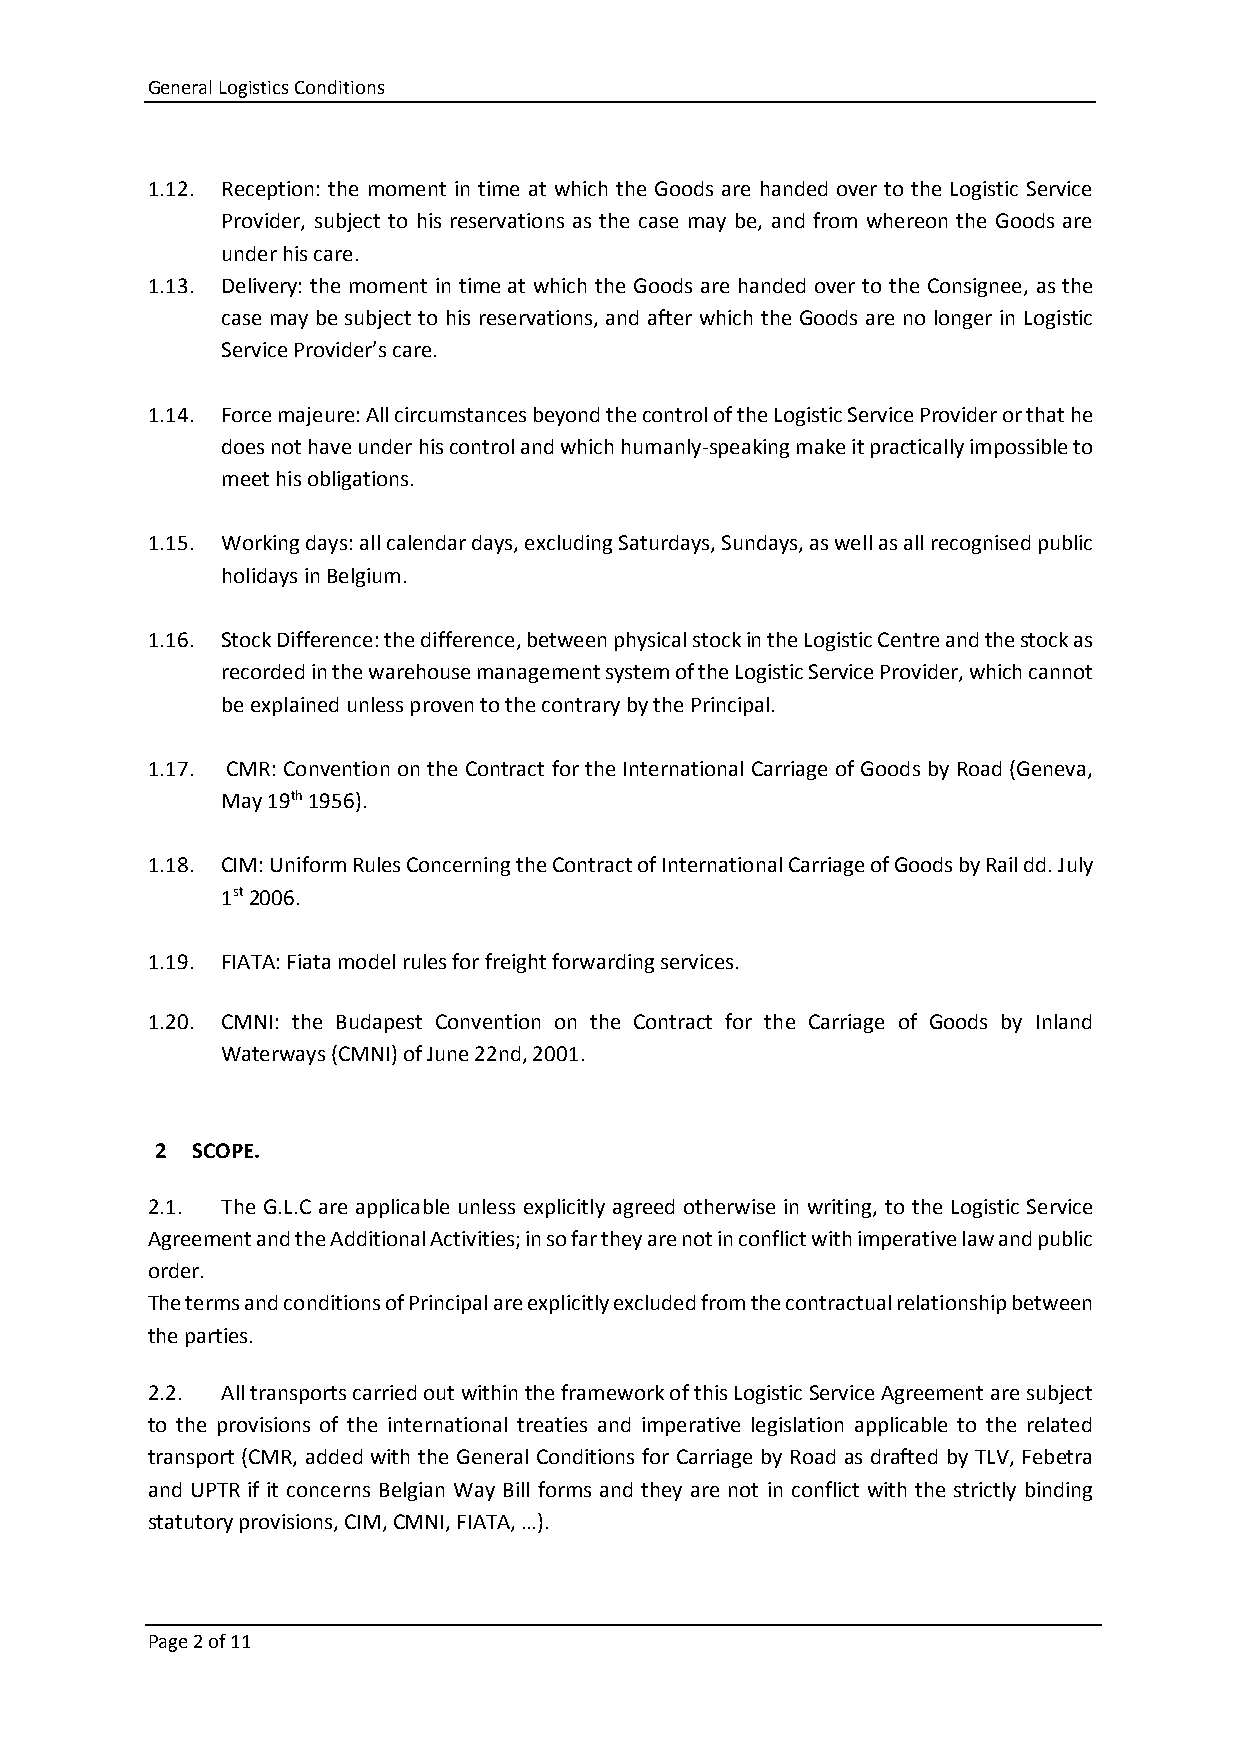
General Logistics Conditions
 1.12. Reception: the moment in time at which the Goods are handed over to the Logistic Service
 Provider, subject to his reservations as the case may be, and from whereon the Goods are
 under his care.
 1.13. Delivery: the moment in time at which the Goods are handed over to the Consignee, as the
 case may be subject to his reservations, and after which the Goods are no longer in Logistic
 Service Provider’s care.
 1.14. Force majeure: All circumstances beyond the control of the Logistic Service Provider or that he
 does not have under his control and which humanly-speaking make it practically impossible to
 meet his obligations.
 1.15. Working days: all calendar days, excluding Saturdays, Sundays, as well as all recognised public
 holidays in Belgium.
 1.16. Stock Difference: the difference, between physical stock in the Logistic Centre and the stock as
 recorded in the warehouse management system of the Logistic Service Provider, which cannot
 be explained unless proven to the contrary by the Principal.
 1.17. CMR: Convention on the Contract for the International Carriage of Goods by Road (Geneva,
 May 19th 1956).
 1.18. CIM: Uniform Rules Concerning the Contract of International Carriage of Goods by Rail dd. July
 1st 2006.
 1.19. FIATA: Fiata model rules for freight forwarding services.
 1.20. CMNI: the Budapest Convention on the Contract for the Carriage of Goods by Inland
 Waterways (CMNI) of June 22nd, 2001.
 2  SCOPE.
 2.1. The G.L.C are applicable unless explicitly agreed otherwise in writing, to the Logistic Service
 Agreement and the Additional Activities; in so far they are not in conflict with imperative law and public
 order.
 The terms and conditions of Principal are explicitly excluded from the contractual relationship between
 the parties.
 2.2. All transports carried out within the framework of this Logistic Service Agreement are subject
 to the provisions of the international treaties and imperative legislation applicable to the related
 transport (CMR, added with the General Conditions for Carriage by Road as drafted by TLV, Febetra
 and UPTR if it concerns Belgian Way Bill forms and they are not in conflict with the strictly binding
 statutory provisions, CIM, CMNI, FIATA, …).
 Page 2 of 11